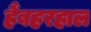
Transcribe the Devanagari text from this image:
हैंबहरहाल